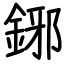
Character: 鋣